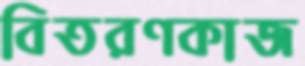
বিতরণকাজ